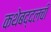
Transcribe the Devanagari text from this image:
कथेबद्दलची